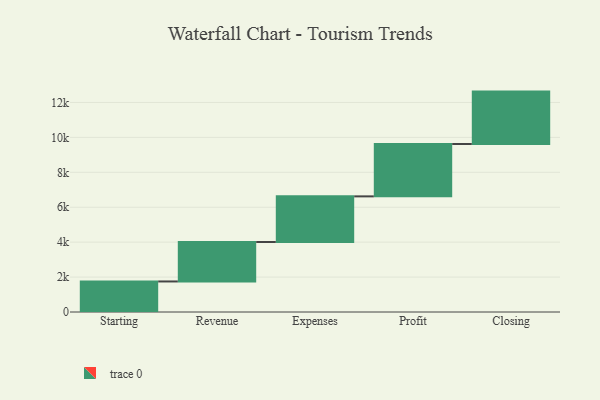
{"axis": {"x": "Step", "y": "Value"}, "legend": [""], "data": [{"x": "Starting", "y": 1749.0, "type": ""}, {"x": "Revenue", "y": 2259.0, "type": ""}, {"x": "Expenses", "y": 2614.0, "type": ""}, {"x": "Profit", "y": 3000, "type": ""}, {"x": "Closing", "y": 3000, "type": ""}]}